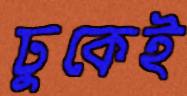
ঢুকেই